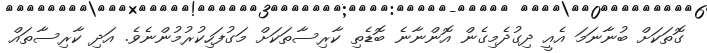
ގޮތަކަށް ބުނާނަމަ އެއީ ދިގުދެމިގެން އޮންނާނެ ބޮޑެތި ކާރިސާތަކަށް މަގުފަހިކުރުމުންނެވެ. އަދި ކާރިސާތައް